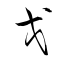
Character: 戈